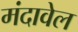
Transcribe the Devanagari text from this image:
मंदावेल